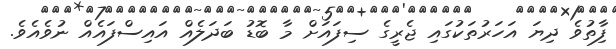
ފާިތުވެ ދިޔަ އަހަރުތަކުގައި ޖެރީގެ ސިފައަށް މާ ބޮޑު ބަދަލެއް އައިސްފައެއް ނުވެއެވެ.